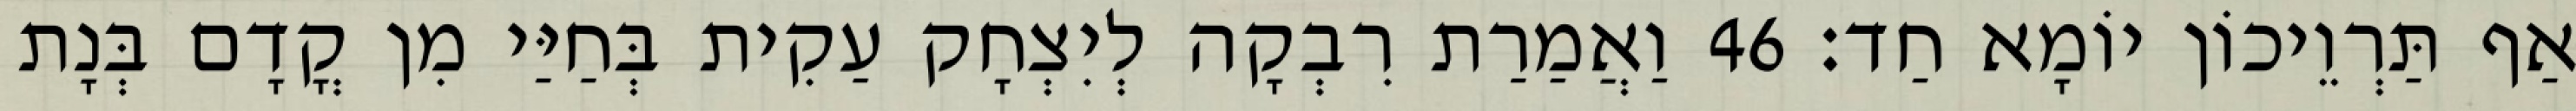
אַף תַּרְוֵיכוֹן יוֹמָא חַד׃ 46 וַאֲמַרַת רִבְקָה לְיִצְחָק עַקִית בְּחַיַּי מִן קֳדָם בְּנָת